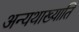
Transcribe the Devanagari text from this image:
अन्यथाख्याति